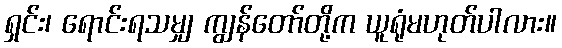
ရှင်း၊ ရောင်းရသမျှ ကျွန်တော်တို့က ယူရုံမဟုတ်ပါလား။